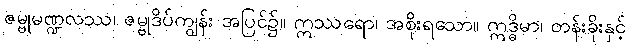
ဇမ္ဗုမဏ္ဍလဿ၊ ဇမ္ဗုဒိပ်ကျွန်း အပြင်၌။ ဣဿရော၊ အစိုးရသော။ ဣဒ္ဓိမာ၊ တန်းခိုးနှင့်